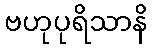
ဗဟုပုရိသာနိ